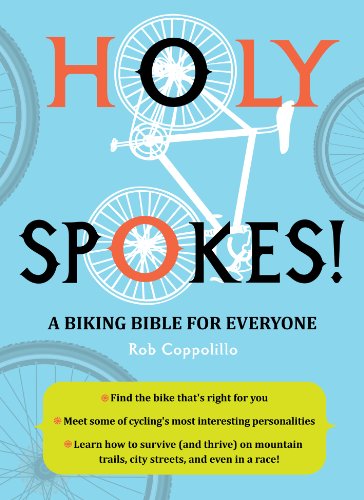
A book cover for Holy Spokes!: A Biking Bible for Everyone; Rob Coppolillo; Children's Books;